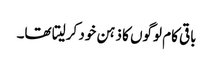
باقی کام لوگوں کا ذہن خود کرلیتا تھا۔